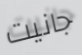
جانيت